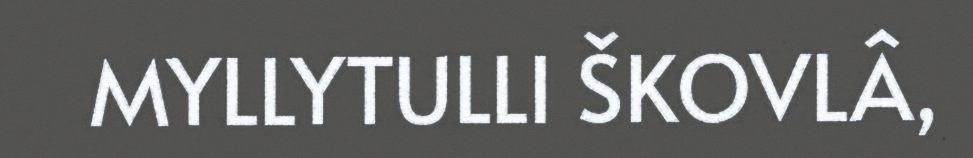
MYLLYTULLI ŠKOVLÂ,